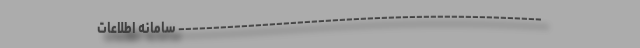
---------------------------------------------------- سامانه اطلاعات